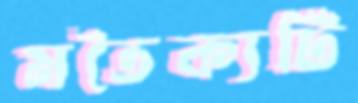
মতৈক্যটি